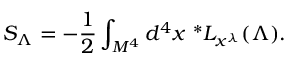
S _ { \Lambda } = - { \frac { 1 } { 2 } } \int _ { M ^ { 4 } } d ^ { 4 } x \ ^ { * } L _ { x ^ { \lambda } } ( \Lambda ) .